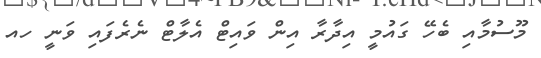
މޫސުމާއި ބެހޭ ގައުމީ އިދާރާ އިން ވައިޓް އެލާޓް ނެރެފައި ވަނީ ހއ